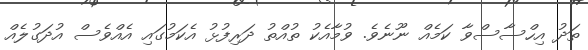
ތަދު އިހްސާސްވާ ކަމެއް ނޫނެވެ. ވުމާއެކު ތުއްތު ދަރިފުޅު އެކަމުގައި އެއްވެސް އުދަގުލެއް